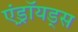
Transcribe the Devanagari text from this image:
एंड्रॉयड्स